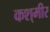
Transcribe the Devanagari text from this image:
कश्‌मीर